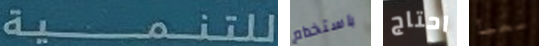
للتنمية باستخدام احتاج معبأ